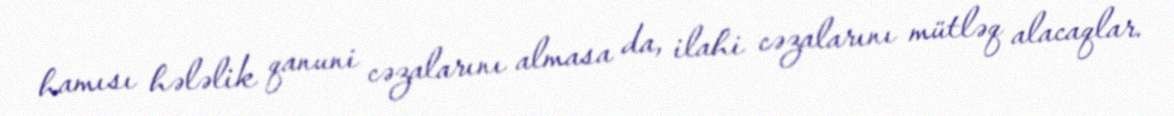
hamısı hələlik qanuni cəzalarını almasa da, ilahi cəzalarını mütləq alacaqlar.